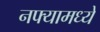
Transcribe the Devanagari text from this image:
नफ्यामध्ये